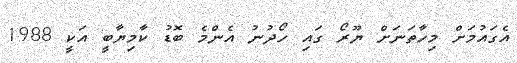
އެގައުމަށް މިހާތަނަށް ޔޫރޯ ގައި ހޯދުނު އެންމެ ބޮޑު ކާމިޔާބީ އަކީ 1988